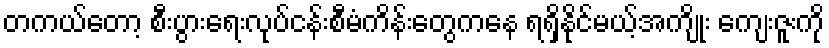
တကယ်တော့ စီးပွားရေးလုပ်ငန်းစီမံကိန်းတွေကနေ ရရှိနိုင်မယ့်အကျိုး ကျေးဇူးကို